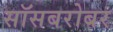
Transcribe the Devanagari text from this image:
सॉसबरोबर